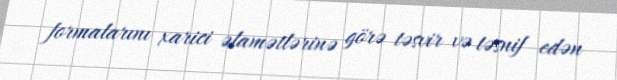
formalarını xarici əlamətlərinə görə təsvir və təsnif edən